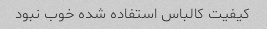
کیفیت کالباس استفاده شده خوب نبود